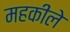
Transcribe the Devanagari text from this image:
महकीले